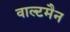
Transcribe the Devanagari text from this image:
वाल्टमैन